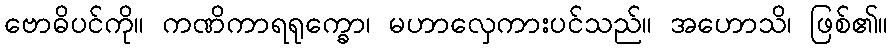
ဗောဓိပင်ကို။ ကဏိကာရရုက္ခော၊ မဟာလှေကားပင်သည်။ အဟောသိ၊ ဖြစ်၏။